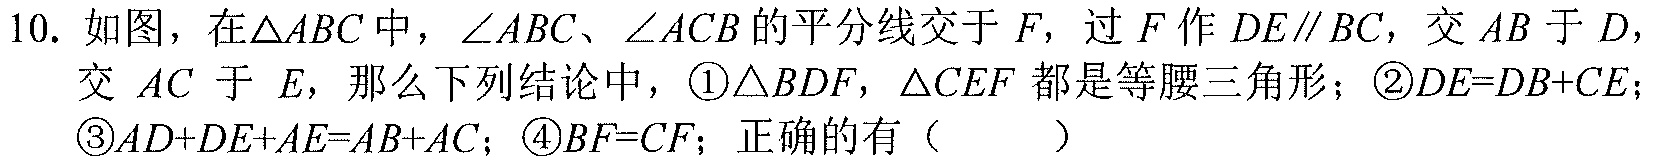
10. 如图，在\(\triangle ABC\)中，\(\angle ABC\)、\(\angle ACB\)的平分线交于\(F\)，过\(F\)作\(DE\parallel BC\)，交\(AB\)于\(D\)，
交\(AC\)于 \(E\)，那么下列结论中，\textcircled{1}\(\triangle BDF\)，\(\triangle CEF\) 都是等腰三角形；\textcircled{2}\(DE = DB + CE\)；
\textcircled{3}\(AD + DE+AE = AB + AC\)；\textcircled{4}\(BF = CF\)；正确的有（  ）